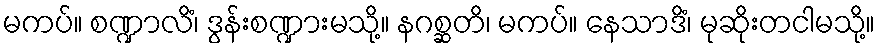
မကပ်။ စဏ္ဍာလိံ၊ ဒွန်းစဏ္ဍားမသို့။ နဂစ္ဆတိ၊ မကပ်။ နေသာဒိံ၊ မုဆိုးတငါမသို့။